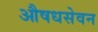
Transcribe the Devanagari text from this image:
औषधसेवन